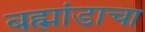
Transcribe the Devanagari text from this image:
बह्मांडाचा